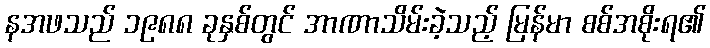
နအဖသည် ၁၉၈၈ ခုနှစ်တွင် အာဏာသိမ်းခဲ့သည့် မြန်မာ စစ်အစိုးရ၏